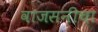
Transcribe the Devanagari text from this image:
वाजसनीचा